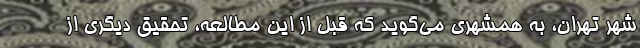
شهر تهران، به همشهری می‌گوید که قبل از این مطالعه، تحقیق دیگری از